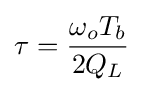
\tau ={\frac {\omega _{o}T_{b}}{2Q_{L}}}